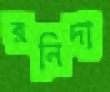
রনিদা